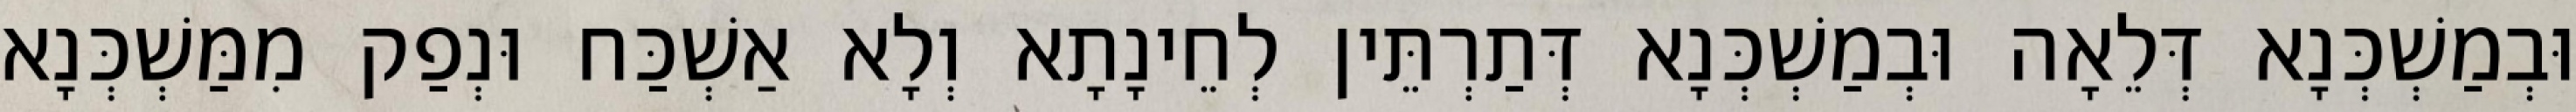
וּבְמַשְׁכְּנָא דְּלֵאָה וּבְמַשְׁכְּנָא דְּתַרְתֵּין לְחֵינָתָא וְלָא אַשְׁכַּח וּנְפַק מִמַּשְׁכְּנָא